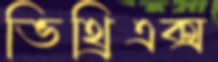
ভিথ্রিএক্স